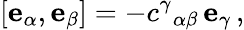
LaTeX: [\mathbf{e}_{\alpha},\mathbf{e}_{\beta}]=-c^{\gamma}{}_{\alpha\beta}\, \mathbf{e}_{\gamma}\, ,